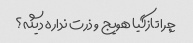
چرا تازگیا هویج و ذرت نداره دیگه؟